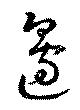
邊